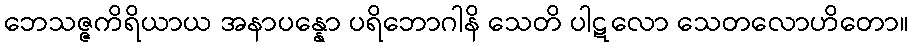
ဘေသဇ္ဇကိရိယာယ အနာပန္နော ပရိဘောဂါနိ သေတိ ပါဋလော သေတလောဟိတော။